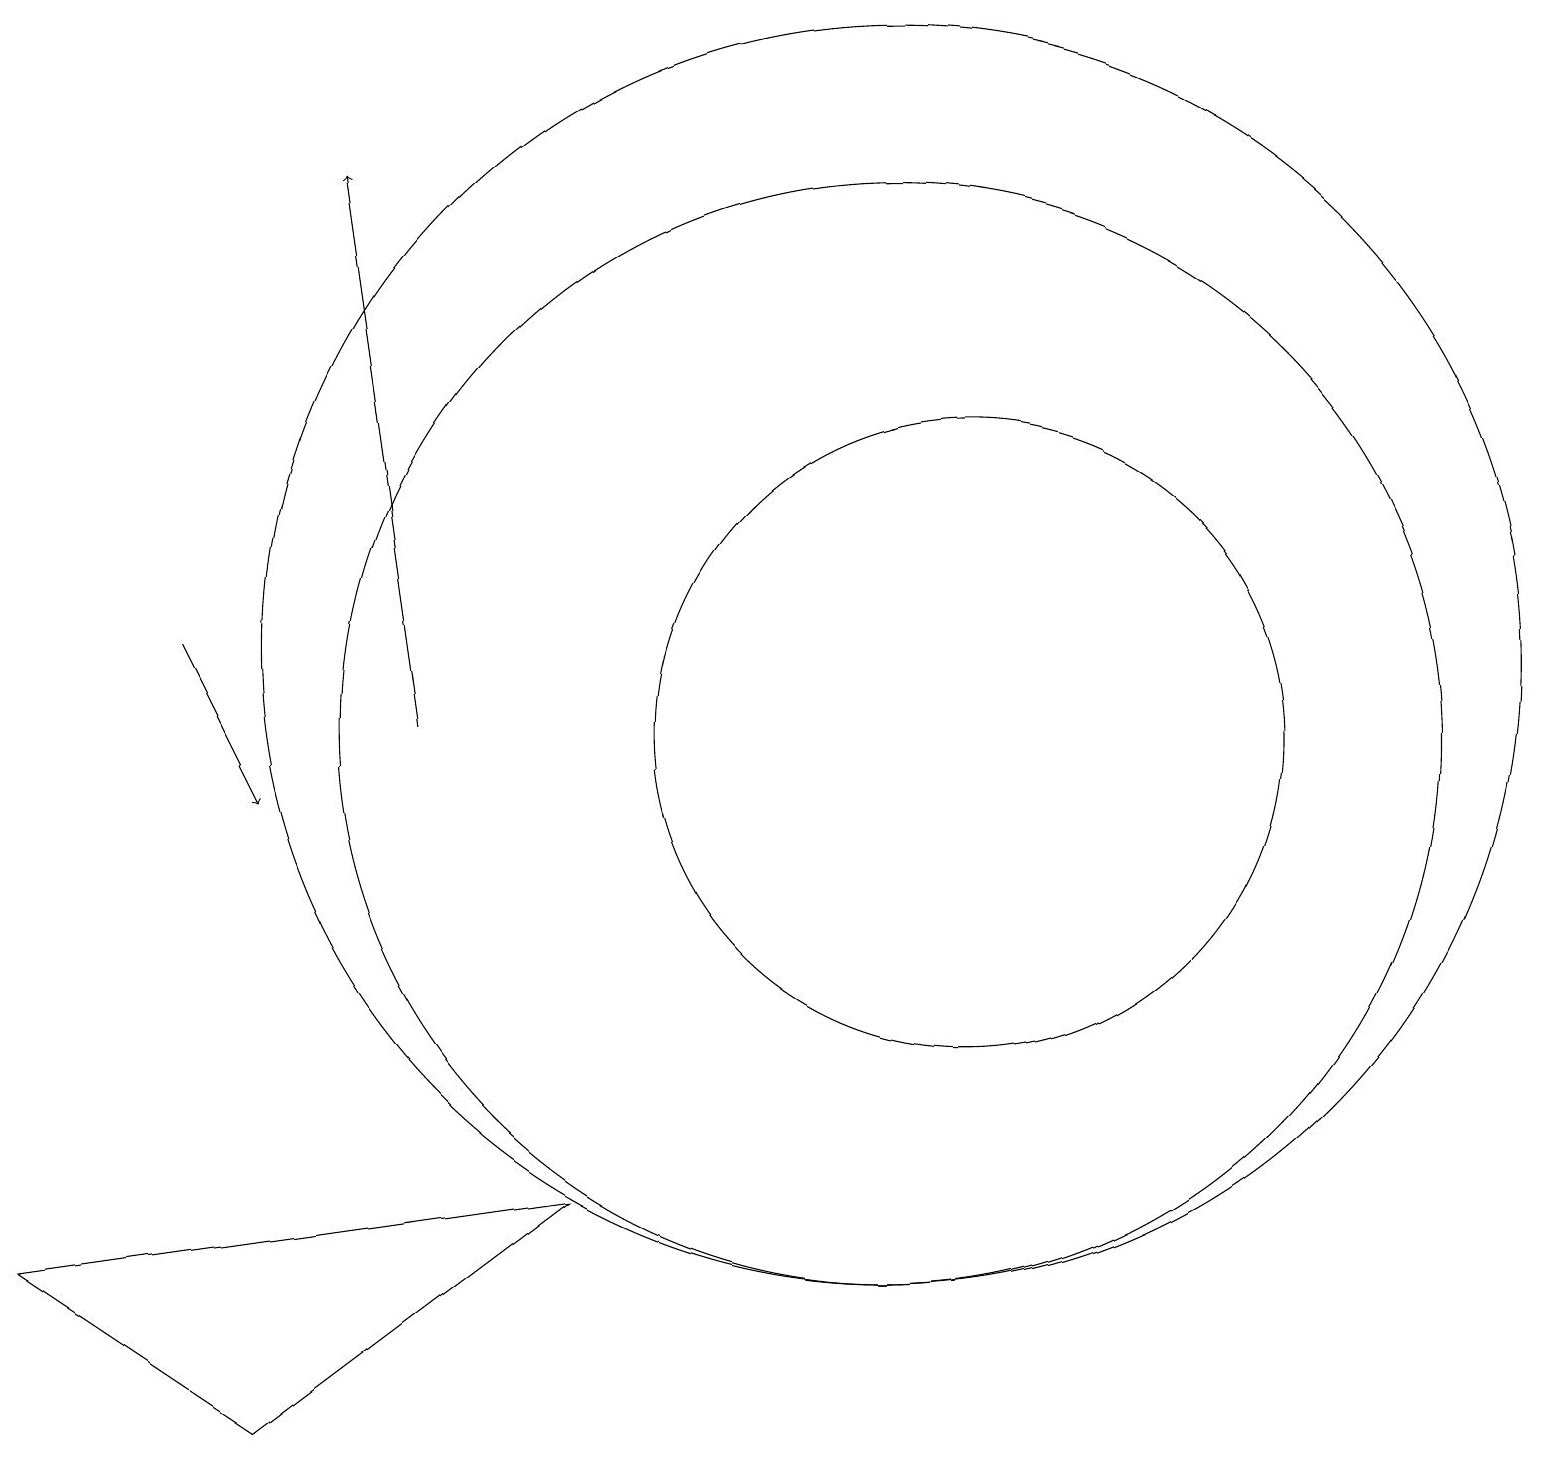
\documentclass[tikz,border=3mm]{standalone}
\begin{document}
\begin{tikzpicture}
\draw (11,12) circle (8);
\draw[->] (5,11) -- (4,18);
\draw (12,11) circle (4);
\draw (3,2) -- (0,4) -- (7,5) -- cycle;
\draw (11,11) circle (7);
\draw[->] (2,12) -- (3,10);
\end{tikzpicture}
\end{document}